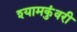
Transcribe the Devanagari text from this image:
श्यामकुंवरी